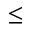
\le